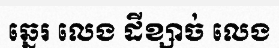
ឆ្នេរ លេង ដីខ្សាច់ លេង